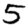
Digit: 5